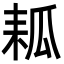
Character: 㼍